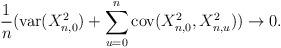
LaTeX: \begin{align*}\frac{1}{n}(\mathrm{var}(X_{n,0}^{2})+\sum_{u=0}^{n}\mathrm{cov}(X_{n,0}^{2},X_{n,u}^{2}))\rightarrow0. \end{align*}